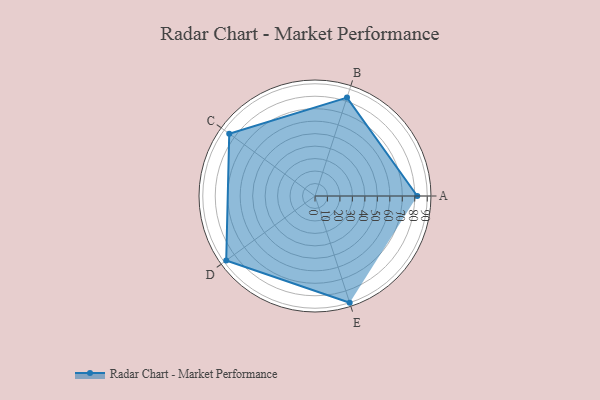
{"axis": {"x": "Skill", "y": "Score"}, "legend": ["Profile"], "data": [{"x": "A", "y": 82.0, "type": "Profile"}, {"x": "B", "y": 83.0, "type": "Profile"}, {"x": "C", "y": 85.0, "type": "Profile"}, {"x": "D", "y": 88.0, "type": "Profile"}, {"x": "E", "y": 90.0, "type": "Profile"}]}